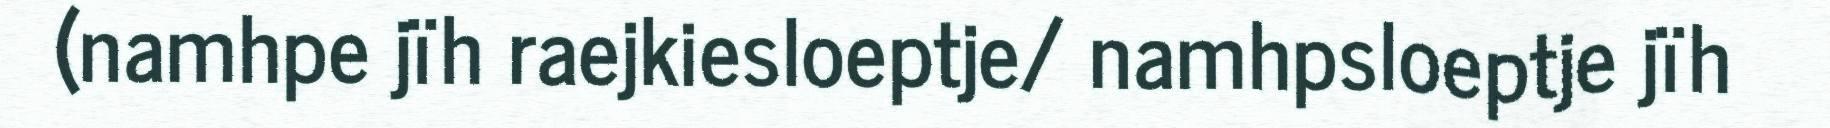
(namhpe jïh raejkiesloeptje/ namhpsloeptje jïh